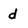
Character: d